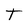
Character: T